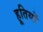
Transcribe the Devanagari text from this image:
हूतियों